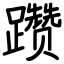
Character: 躜